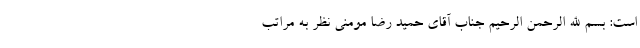
است: بسم الله الرحمن الرحیم جناب آقای حمید رضا مومنی نظر به مراتب